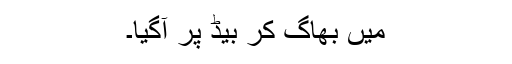
میں بھاگ کر بیڈ پر آگیا۔